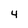
Character: 4